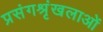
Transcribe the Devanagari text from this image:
प्रसंगश्रृंखलाओं